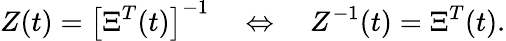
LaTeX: Z(t)={\left[\Xi^{T}(t)\right]}^{-1}\quad\Leftrightarrow\quad Z^{-1}(t)=\Xi^{T}(t).